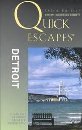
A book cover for Quick Escapes Detroit, 3rd: 26 Weekend Getaways from the Motor City (Quick Escapes Series); Khristi S. Zimmeth; Travel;